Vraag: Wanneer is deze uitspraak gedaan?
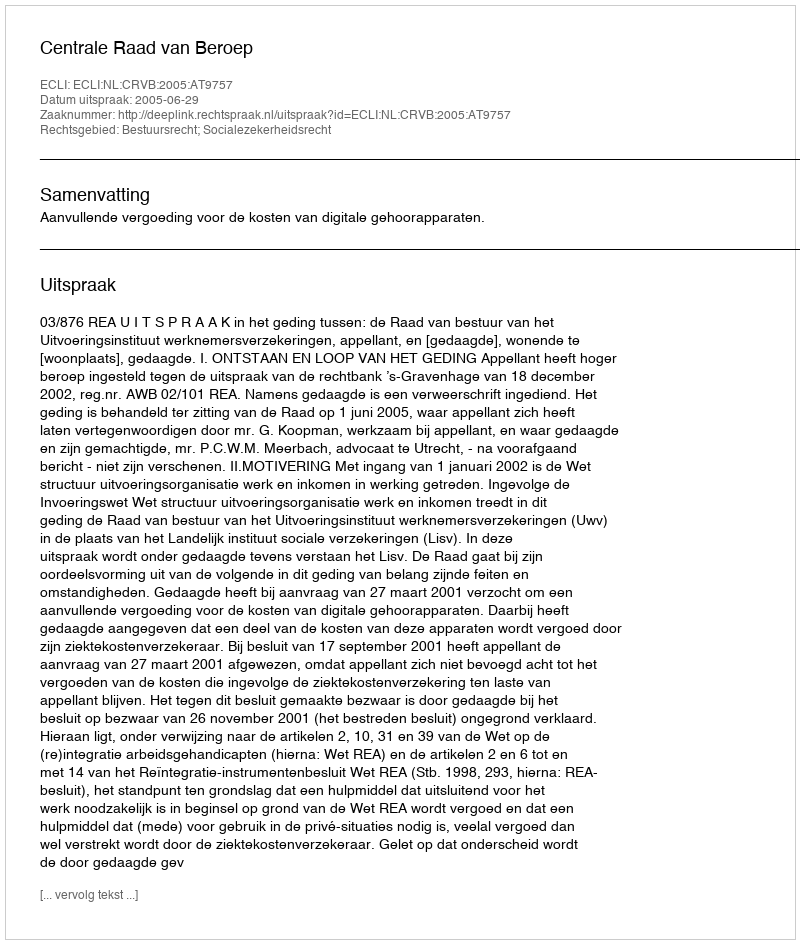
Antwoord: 2005-06-29